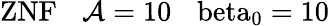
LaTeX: \mathrm{{ZNF}\: \: \: \: \mathcal{A}=10\: \: \: \ beta_{0}=10}